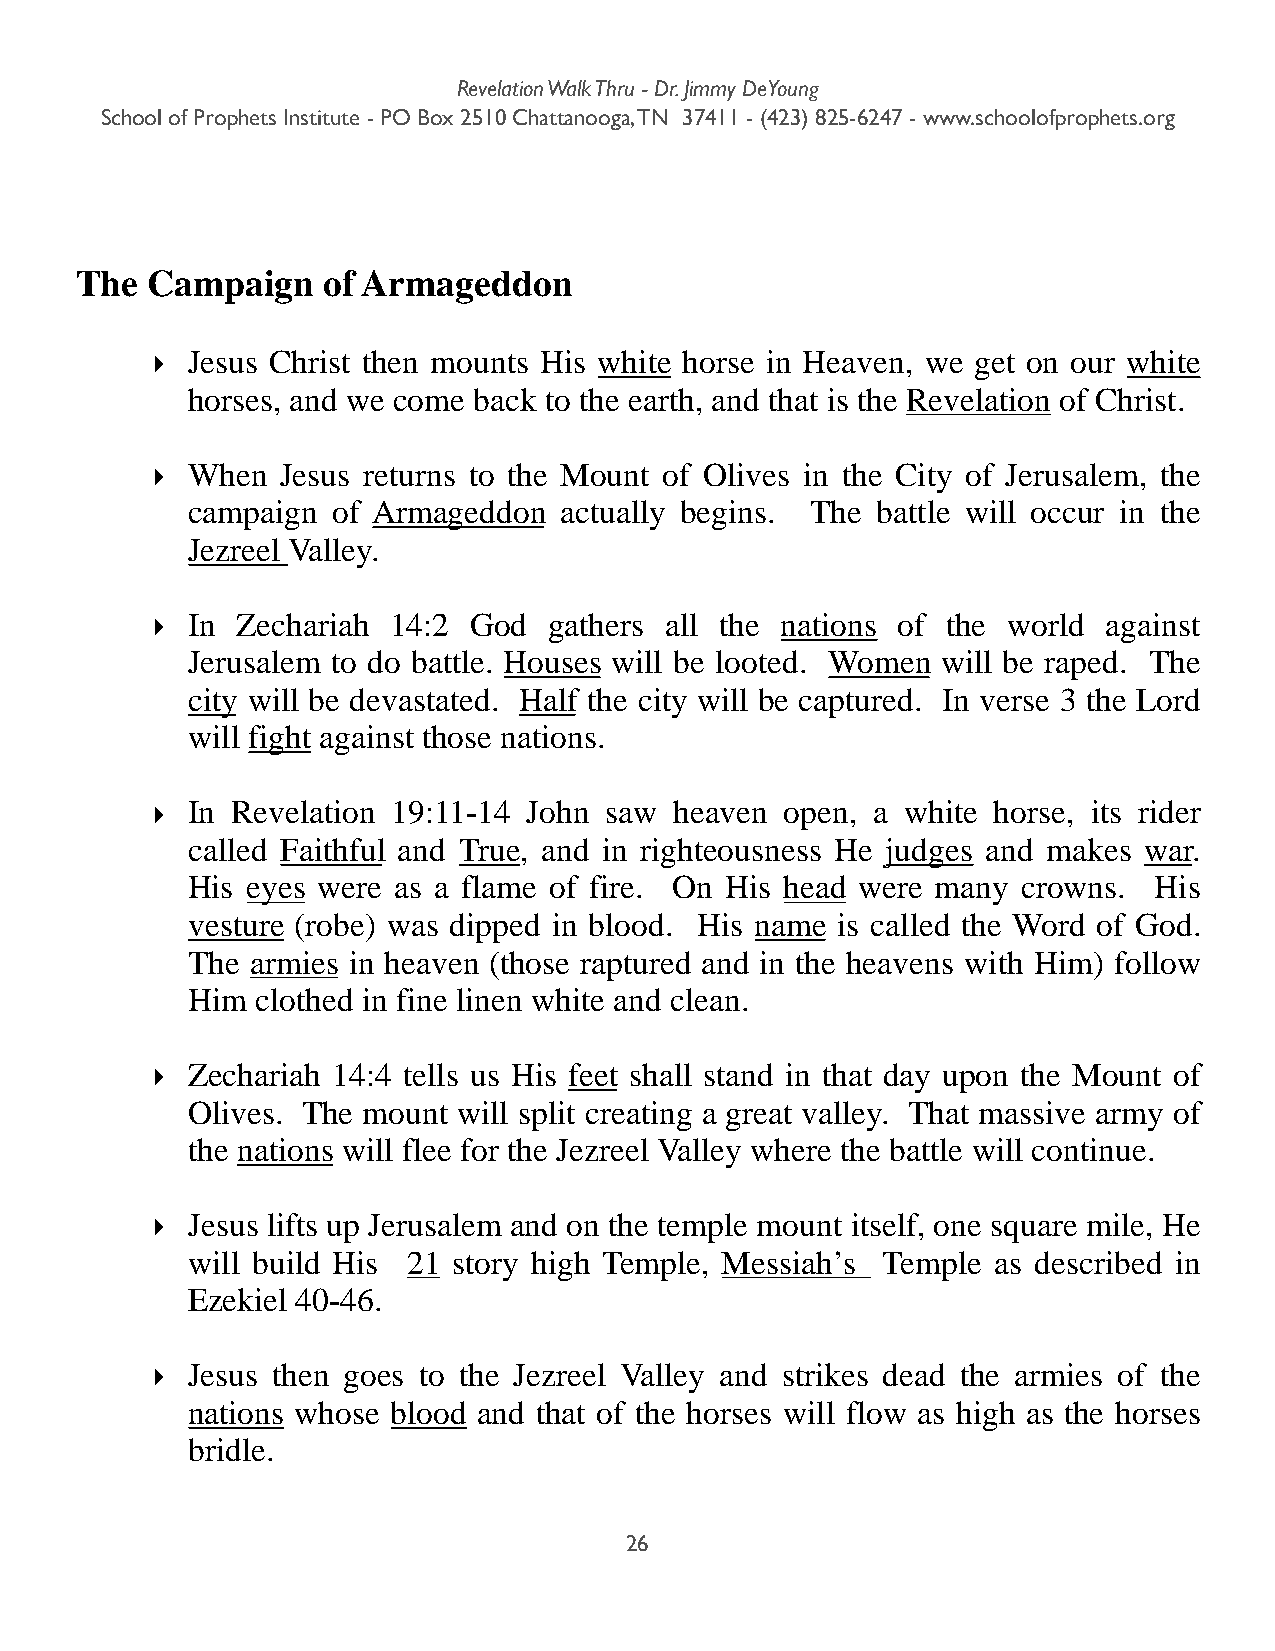
Revelation Walk Thru - Dr. Jimmy DeYoung
 School of Prophets Institute - PO Box 2510 Chattanooga, TN 37411 - (423) 825-6247 - www.schoolofprophets.org
 The  Campaign   of Armageddon
 ‣ Jesus Christ then mounts His white horse in Heaven, we get on our white
 horses, and we come back to the earth, and that is the Revelation of Christ.
 ‣ When   Jesus returns to the Mount of Olives in the City of Jerusalem, the
 campaign  of Armageddon  actually begins. The battle will occur in the
 Jezreel Valley.
 ‣ In  Zechariah 14:2 God  gathers all the nations of the world against
 Jerusalem to do battle. Houses will be looted. Women will be raped. The
 city will be devastated. Half the city will be captured. In verse 3 the Lord
 will fight against those nations.
 ‣ In Revelation 19:11-14 John saw  heaven open, a white horse, its rider
 called Faithful and True, and in righteousness He judges and makes war.
 His eyes were as a flame of fire. On His head were many crowns. His
 vesture (robe) was dipped in blood. His name is called the Word of God.
 The  armies in heaven (those raptured and in the heavens with Him) follow
 Him  clothed in fine linen white and clean.
 ‣ Zechariah 14:4 tells us His feet shall stand in that day upon the Mount of
 Olives. The mount will split creating a great valley. That massive army of
 the nations will flee for the Jezreel Valley where the battle will continue.
 ‣ Jesus lifts up Jerusalem and on the temple mount itself, one square mile, He
 will build His 21 story high Temple, Messiah’s Temple as described in
 Ezekiel 40-46.
 ‣ Jesus then goes to the Jezreel Valley and strikes dead the armies of the
 nations whose blood and that of the horses will flow as high as the horses
 bridle.
 26